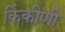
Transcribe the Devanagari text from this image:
किंकीणी